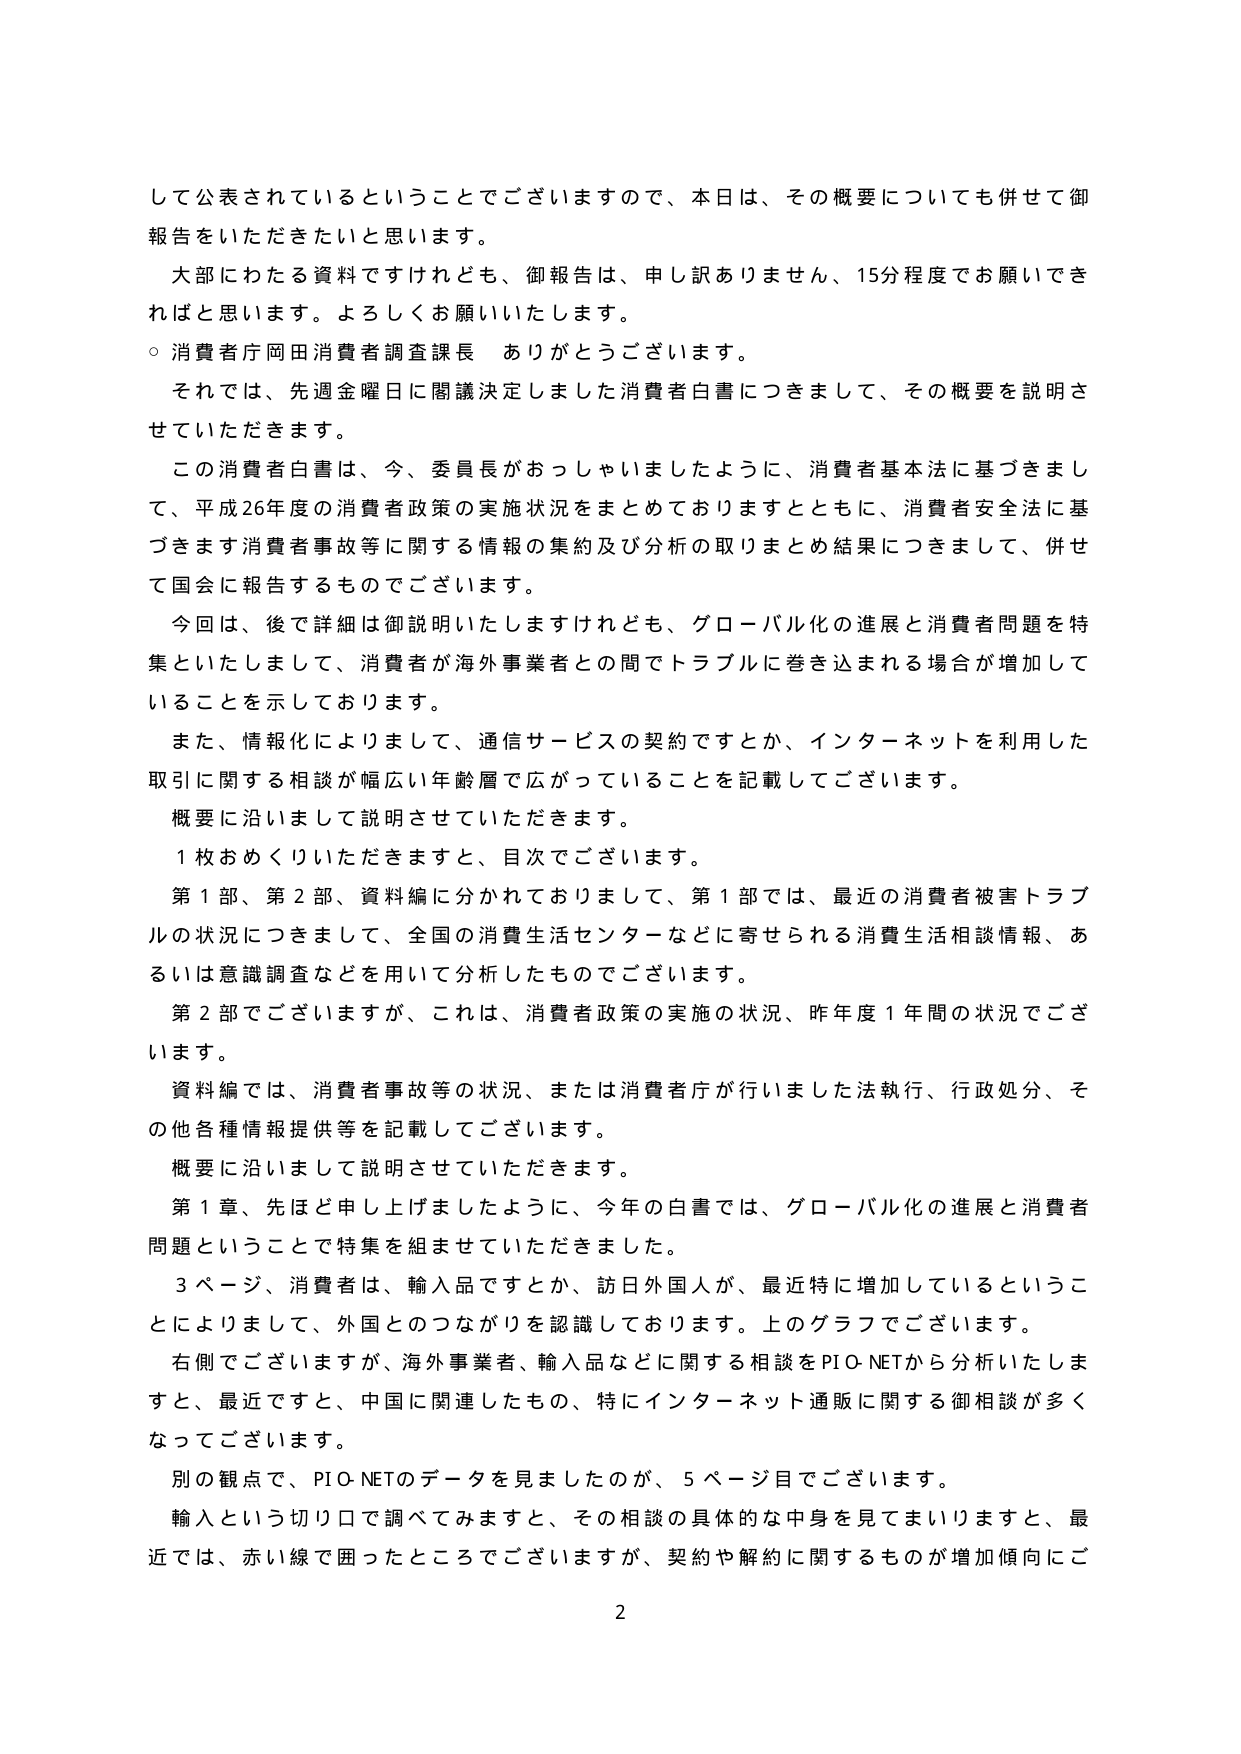
して公表されているということでございますので、本日は、その概要についても併せて御報告をいただきたいと思います。

大部にわたる資料ですけれども、御報告は、申し訳ありません、15分程度でお願いできればと思います。よろしくお願いいたします。

○ 消費者庁 岡田消費者調査課長 ありがとうございます。

それでは、先週金曜日に閣議決定しました消費者白書につきまして、その概要を説明させていただきます。

この消費者白書は、今、委員長がおっしゃいましたように、消費者基本法に基づきまして、平成26年度の消費者政策の実施状況をまとめておりますとともに、消費者安全法に基づきます消費者事故等に関する情報の集約及び分析の取りまとめ結果につきまして、併せて国会に報告するものでございます。

今回は、後で詳細は御説明いたしますけれども、グローバル化の進展と消費者問題を特集といたしまして、消費者が海外事業者との間でトラブルに巻き込まれる場合が増加していることを示しております。

また、情報化によりまして、通信サービスの契約ですとか、インターネットを利用した取引に関する相談が幅広い年齢層で広がっていることを記載してございます。

概要に沿いまして説明させていただきます。

1枚おめくりいただきますと、目次でございます。

第1部、第2部、資料編に分かれておりまして、第1部では、最近の消費者被害トラブルの状況につきまして、全国の消費生活センターなどに寄せられる消費生活相談情報、あるいは意識調査などを用いて分析したものでございます。

第2部でございますが、これは、消費者政策の実施の状況、昨年度1年間の状況でございます。

資料編では、消費者事故等の状況、または消費者庁が行いました法執行、行政処分、その他各種情報提供等を記載してございます。

概要に沿いまして説明させていただきます。

第1章、先ほど申し上げましたように、今年の白書では、グローバル化の進展と消費者問題ということで特集を組ませていただきました。

3ページ、消費者は、輸入品ですとか、訪日外国人が、最近特に増加しているということによりまして、外国とのつながりを認識しております。上のグラフでございます。

右側でございますが、海外事業者、輸入品などに関する相談をPIO-NETから分析いたしますと、最近ですと、中国に関連したもの、特にインターネット通販に関する御相談が多くなっております。

別の観点で、PIO-NETのデータを見ましたのが、5ページ目でございます。

輸入という切り口で調べてみますと、その相談の具体的な中身を見てまいりますと、最近では、赤い線で囲ったところでございますが、契約や解約に関するものが増加傾向にございます。

2